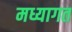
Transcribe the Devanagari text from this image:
मध्यागत